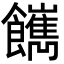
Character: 𩟥